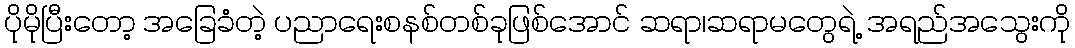
ပိုမိုပြီးတော့ အခြေခံတဲ့ ပညာရေးစနစ်တစ်ခုဖြစ်အောင် ဆရာ၊ဆရာမတွေရဲ့ အရည်အသွေးကို